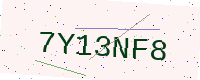
Text: 7Y13NF8